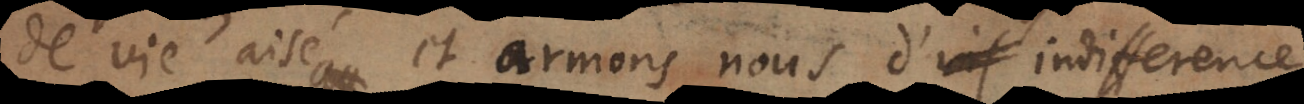
de vie aisé et armons nous d’indifference